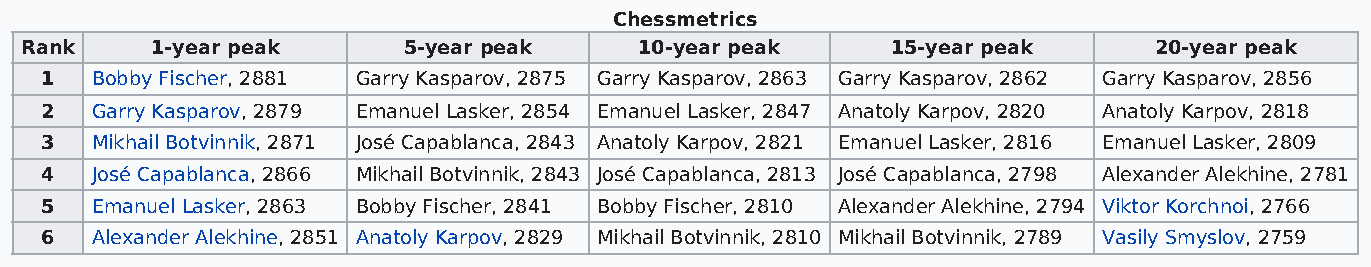
Chessmetrics
 Rank     1-year peak      5-year peak    10-year peak     15-year peak     20-year peak
 1  Bobby Fischer, 2881 Garry Kasparov, 2875 Garry Kasparov, 2863 Garry Kasparov, 2862 Garry Kasparov, 2856
 2  Garry Kasparov, 2879 Emanuel Lasker, 2854 Emanuel Lasker, 2847 Anatoly Karpov, 2820 Anatoly Karpov, 2818
 3  Mikhail Botvinnik, 2871 José Capablanca, 2843 Anatoly Karpov, 2821 Emanuel Lasker, 2816 Emanuel Lasker, 2809
 4  José Capablanca, 2866 Mikhail Botvinnik, 2843 José Capablanca, 2813 José Capablanca, 2798 Alexander Alekhine, 2781
 5  Emanuel Lasker, 2863 Bobby Fischer, 2841 Bobby Fischer, 2810 Alexander Alekhine, 2794 Viktor Korchnoi, 2766
 6  Alexander Alekhine, 2851 Anatoly Karpov, 2829 Mikhail Botvinnik, 2810 Mikhail Botvinnik, 2789 Vasily Smyslov, 2759